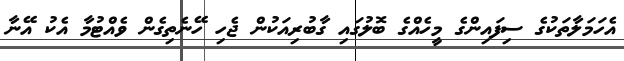
އެހަމަލާތަކުގެ ސިފައިންގެ މީހެއްގެ ބޮލުގައި ގާބުރިއަކުން ޖެހި ހޭނެތިގެން ވެއްޓުމާ އެކު އޭނާ